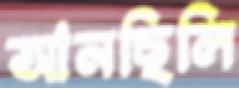
আনছিলি